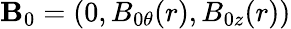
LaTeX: \mathbf{B}_{0}=(0,B_{0\theta}(r),B_{0z}(r))